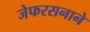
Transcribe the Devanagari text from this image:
जेफरसनाने